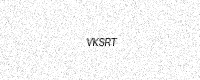
Text: VKSRT